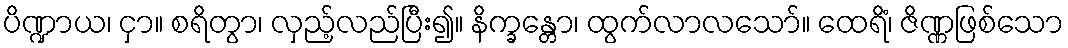
ပိဏ္ဍာယ၊ ငှာ။ စရိတွာ၊ လှည့်လည်ပြီး၍။ နိက္ခန္တော၊ ထွက်လာလသော်။ ထေရိံ၊ ဇိဏ္ဏဖြစ်သော